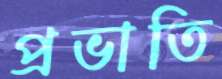
প্রভাতি